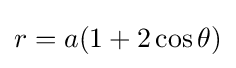
r=a(1+2\cos \theta )